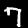
Digit: 7